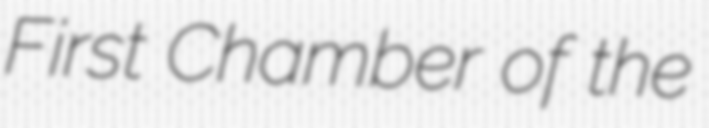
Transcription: First Chamber of the